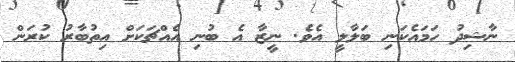
ނާޝިދު ހަމައެކަނި ބަލާލީ އެވެ. ނީޒާ އެ ބުނި އެއްޗަކަށް އިތުބާރު ކުރަން